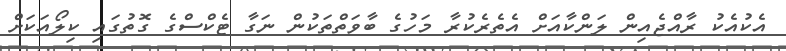
އެކުއެކު ރާއްޖެއިން ލަންކާއަށް އެތެރެކުރާ މަހުގެ ބާވަތްތަކުން ނަގާ ޓެކްސްގެ ގޮތުގައި ކިލޯއަކަށް